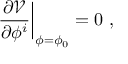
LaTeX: \left. \frac { \partial \mathcal { V } } { \partial \phi ^ { i } } \right| _ { \phi = \phi _ { 0 } } = 0 ~ ,